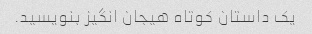
یک داستان کوتاه هیجان انگیز بنویسید.